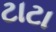
ટાટા